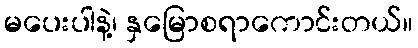
မပေးပါနဲ့၊ နှမြောစရာကောင်းတယ်။